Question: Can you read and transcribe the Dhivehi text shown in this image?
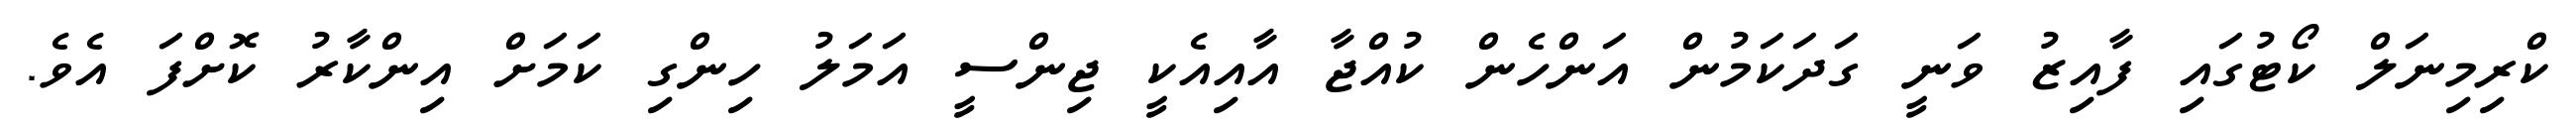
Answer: ކްރިމިނަލް ކޯޓުގައި ފާއިޒު ވަނީ ގަދަކަމުން އަންހެން ކުއްޖާ އާއިއެކީ ޖިންސީ އަމަލު ހިންގި ކަމަށް އިންކާރު ކޮށްފަ އެވެ.